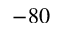
- 8 0